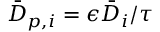
\bar { D } _ { p , i } = \epsilon \bar { D } _ { i } / \tau